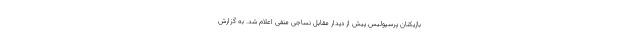
بازیکنان پرسپولیس پیش از دیدار مقابل نساجی منفی اعلام شد. به گزارش